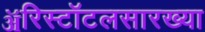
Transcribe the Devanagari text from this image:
ॲरिस्टॉटलसारख्या